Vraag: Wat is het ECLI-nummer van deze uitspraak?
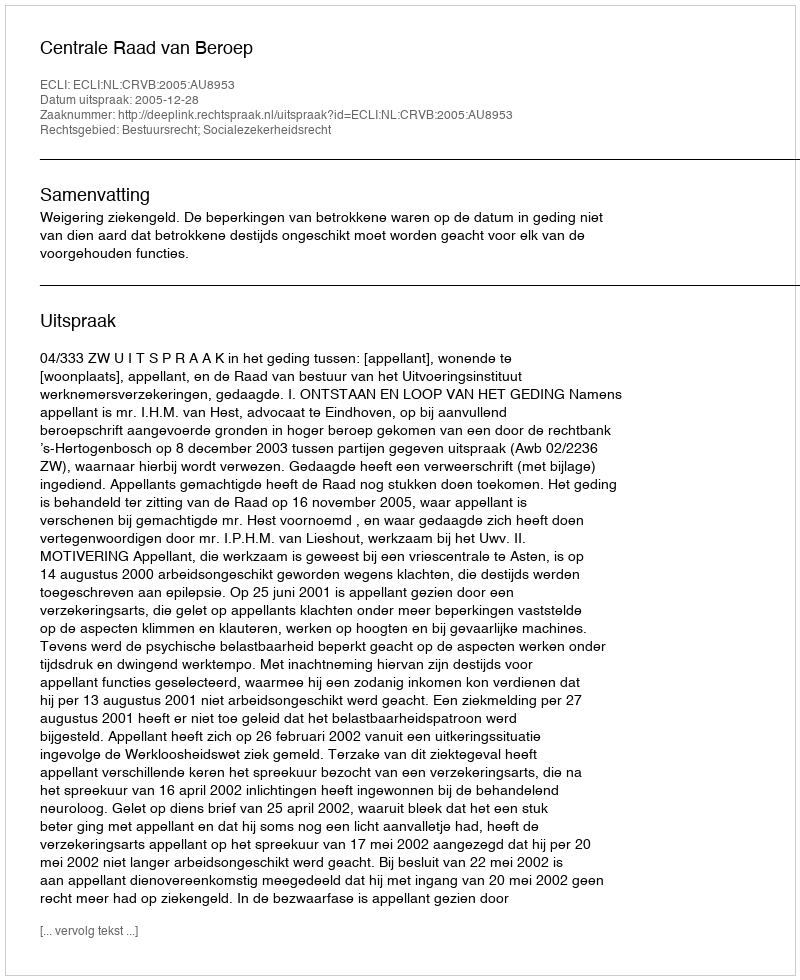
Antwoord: ECLI:NL:CRVB:2005:AU8953